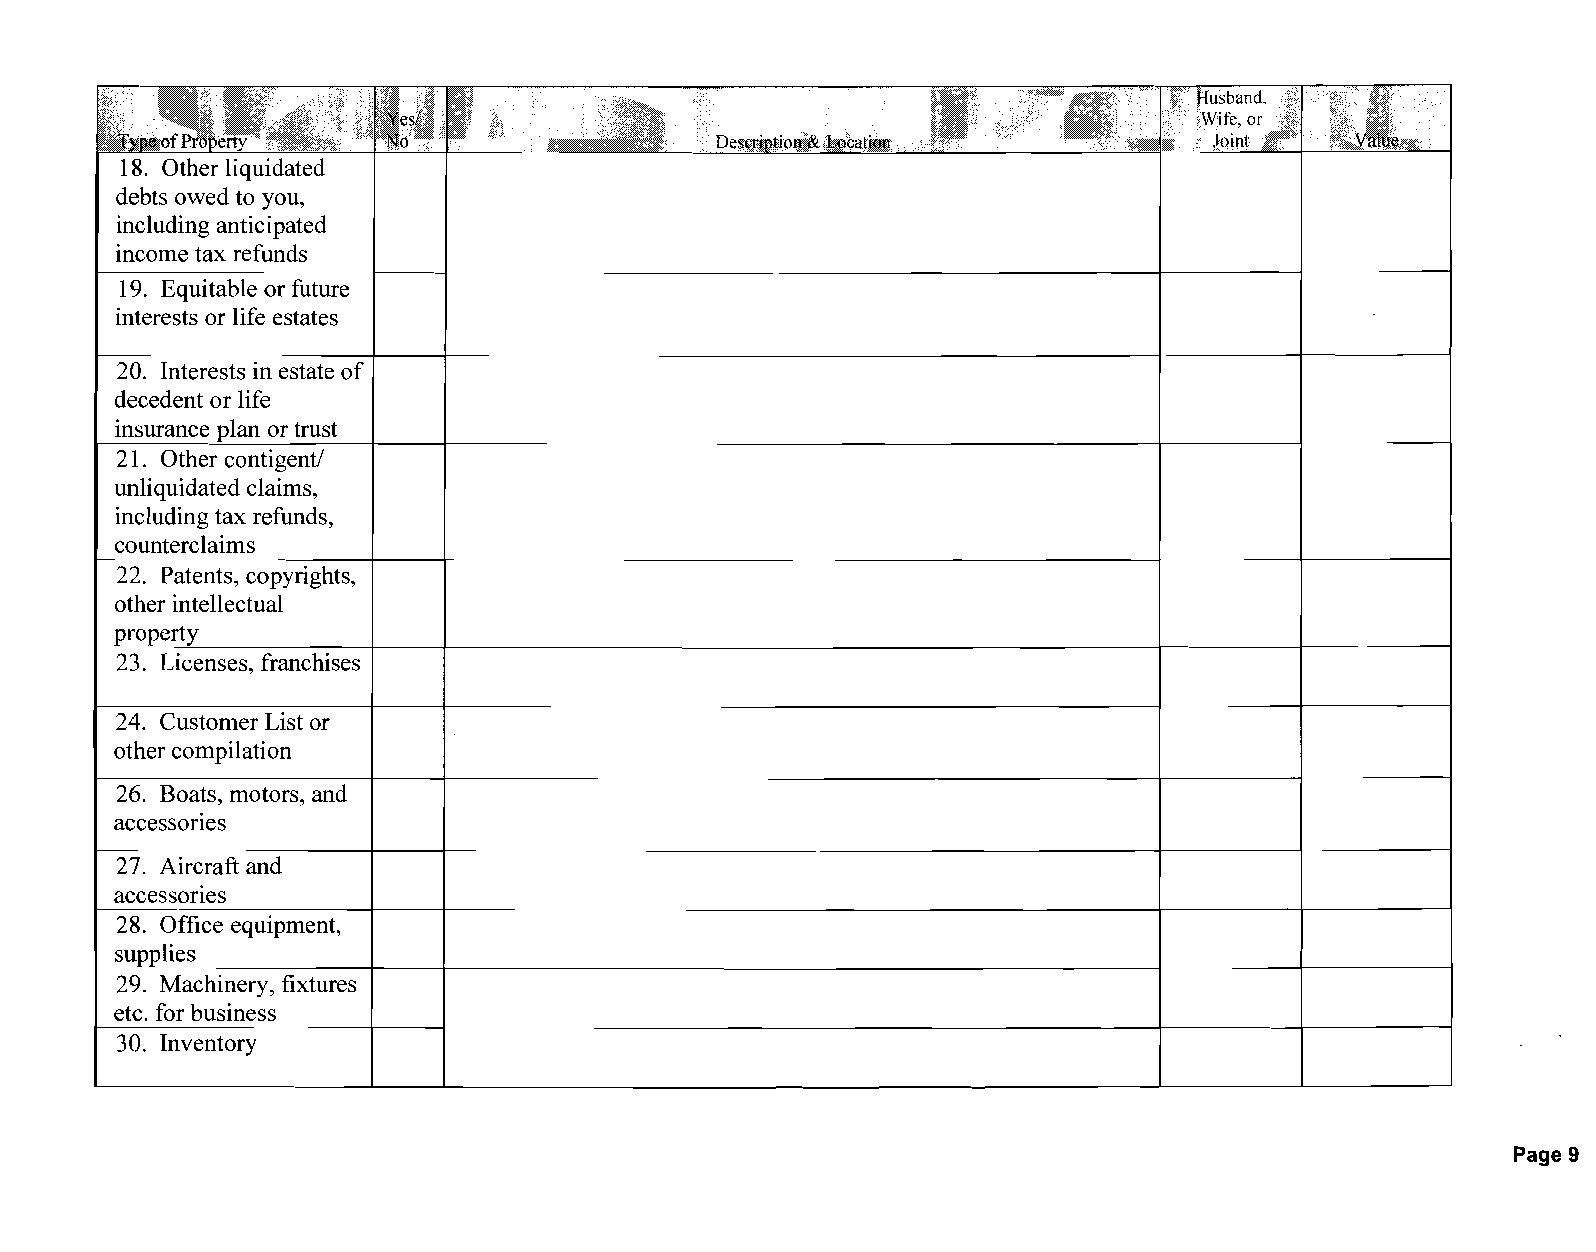
18. Other liquidated
 debts owed to you,
 including anticipated
 income tax refunds
 19. Equitable or future
 interests or life estates
 20. Interests in estate of
 decedent or life
 insurance plan or trust
 21. Other contigentl
 unliquidated claims,
 including tax refunds,
 counterclaims
 22. Patents, copyrights,
 other intellectual
 property
 23. Licenses, franchises
 24. Customer List or
 other compilation
 26. Boats, motors, and
 accessories
 27. Aircraft and
 accessories
 28. Office equipment,
 supplies
 29. Machinery, fixtures
 etc. for business
 30. Inventory
 Page 9